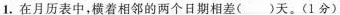
1.在月历表中，横着相邻的两个日期相差()天。(1分)